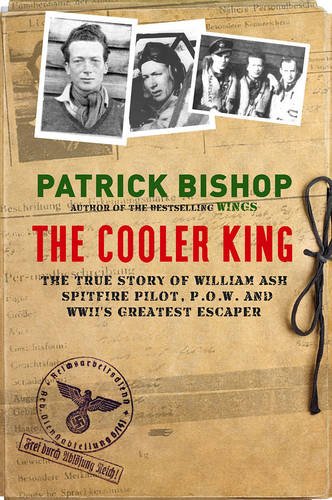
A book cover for Cooler King, the: The True Story of William Ash - Spitfire Pilot, P.O.W and Wwii's Greatest Escaper; Patrick Bishop; History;